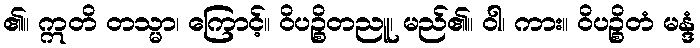
၏။ ဣတိ တသ္မာ၊ ကြောင့်။ ဝိပဉ္စိတညူ၊ မည်၏။ ဝါ၊ ကား။ ဝိပဉ္စိတံ မန္ဒံ